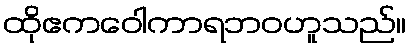
ထိုဧကဝေါကာရဘဝဟူသည်။